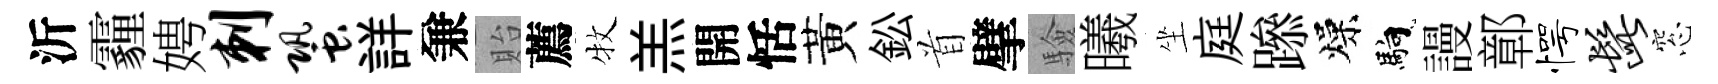
沂霾娉刺蛩詳兼貽薦牧羔開恬黃鈆首擘驗曦坐庭𨅶燥馿謾鄣愕髭窓